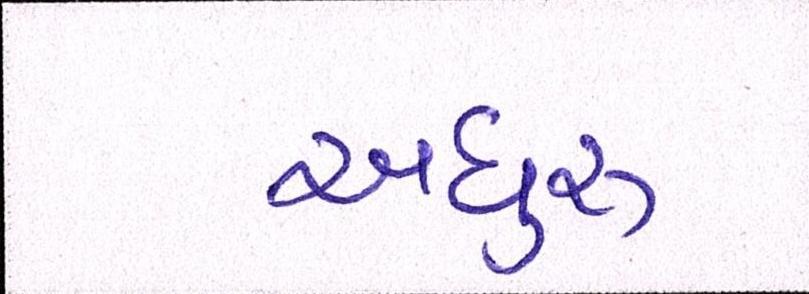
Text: અધુરુ